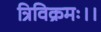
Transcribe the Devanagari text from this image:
त्रिविक्रमः।।